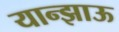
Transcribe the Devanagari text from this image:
यान्झाऊ